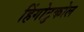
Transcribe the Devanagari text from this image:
हिंगोटुकोल